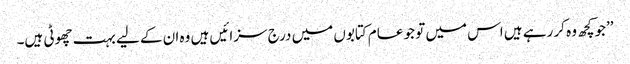
’’جوکچھ وہ کر رہے ہیں اس میں تو جو عام کتابوں میں درج سزائیں ہیں وہ ان کے لیے بہت چھوٹی ہیں۔